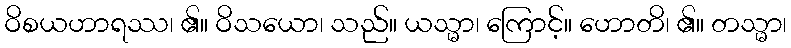
ဝိစယဟာရဿ၊ ၏။ ဝိသယော၊ သည်။ ယသ္မာ၊ ကြောင့်။ ဟောတိ၊ ၏။ တသ္မာ၊